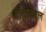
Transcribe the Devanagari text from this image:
दादांबद्दल